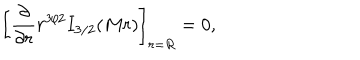
\left[ { \frac { \partial } { \partial r } } r ^ { 3 / 2 } I _ { 3 / 2 } ( M r ) \right] _ { r = R } = 0 ,